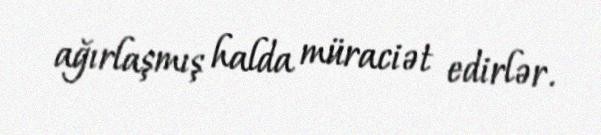
ağırlaşmış halda müraciət edirlər.